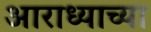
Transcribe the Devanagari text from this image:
आराध्याच्या